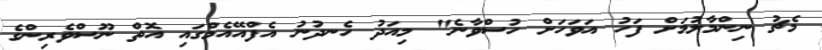
މެޗު ނިންމާލުމަށް ފަހު އަވަހަށް ހުސްވާނެ" މިއަދު ހެނދުނު އެފްއޭއެމްގައި އޮތް ނޫސްވެރިންގެ